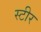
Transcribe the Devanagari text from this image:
स्टीर